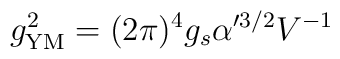
g_{{\rm YM}}^2 =   (2\pi)^4 g_s\alpha'^{3/2}V^{-1}